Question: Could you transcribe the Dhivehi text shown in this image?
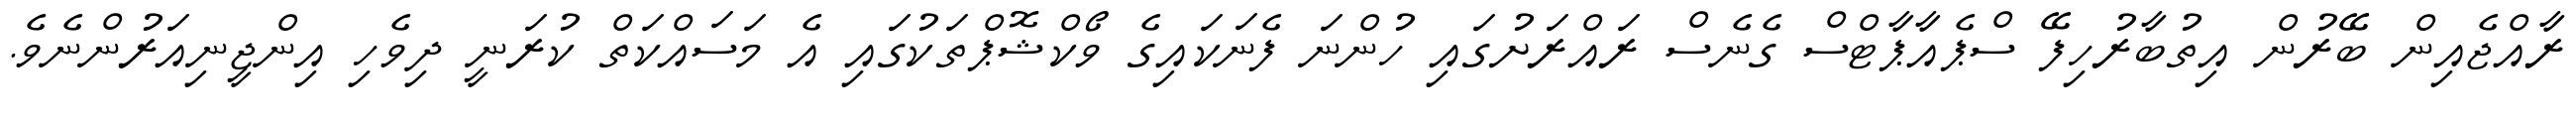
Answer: ރާއްޖެއިން ބޭރުން އިތުބާރުހިފޭ ސްޕެއާޕާޓްސް ގެނެސް ރައްރަށުގައި ހުންނަ ފެނަކައިގެ ވޯކްޝޮޕްތަކުގައި އެ މަސައްކަތް ކުރަނީ ދިވެހި އިންޖީނިއަރުންނެވެ.